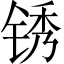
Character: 锈